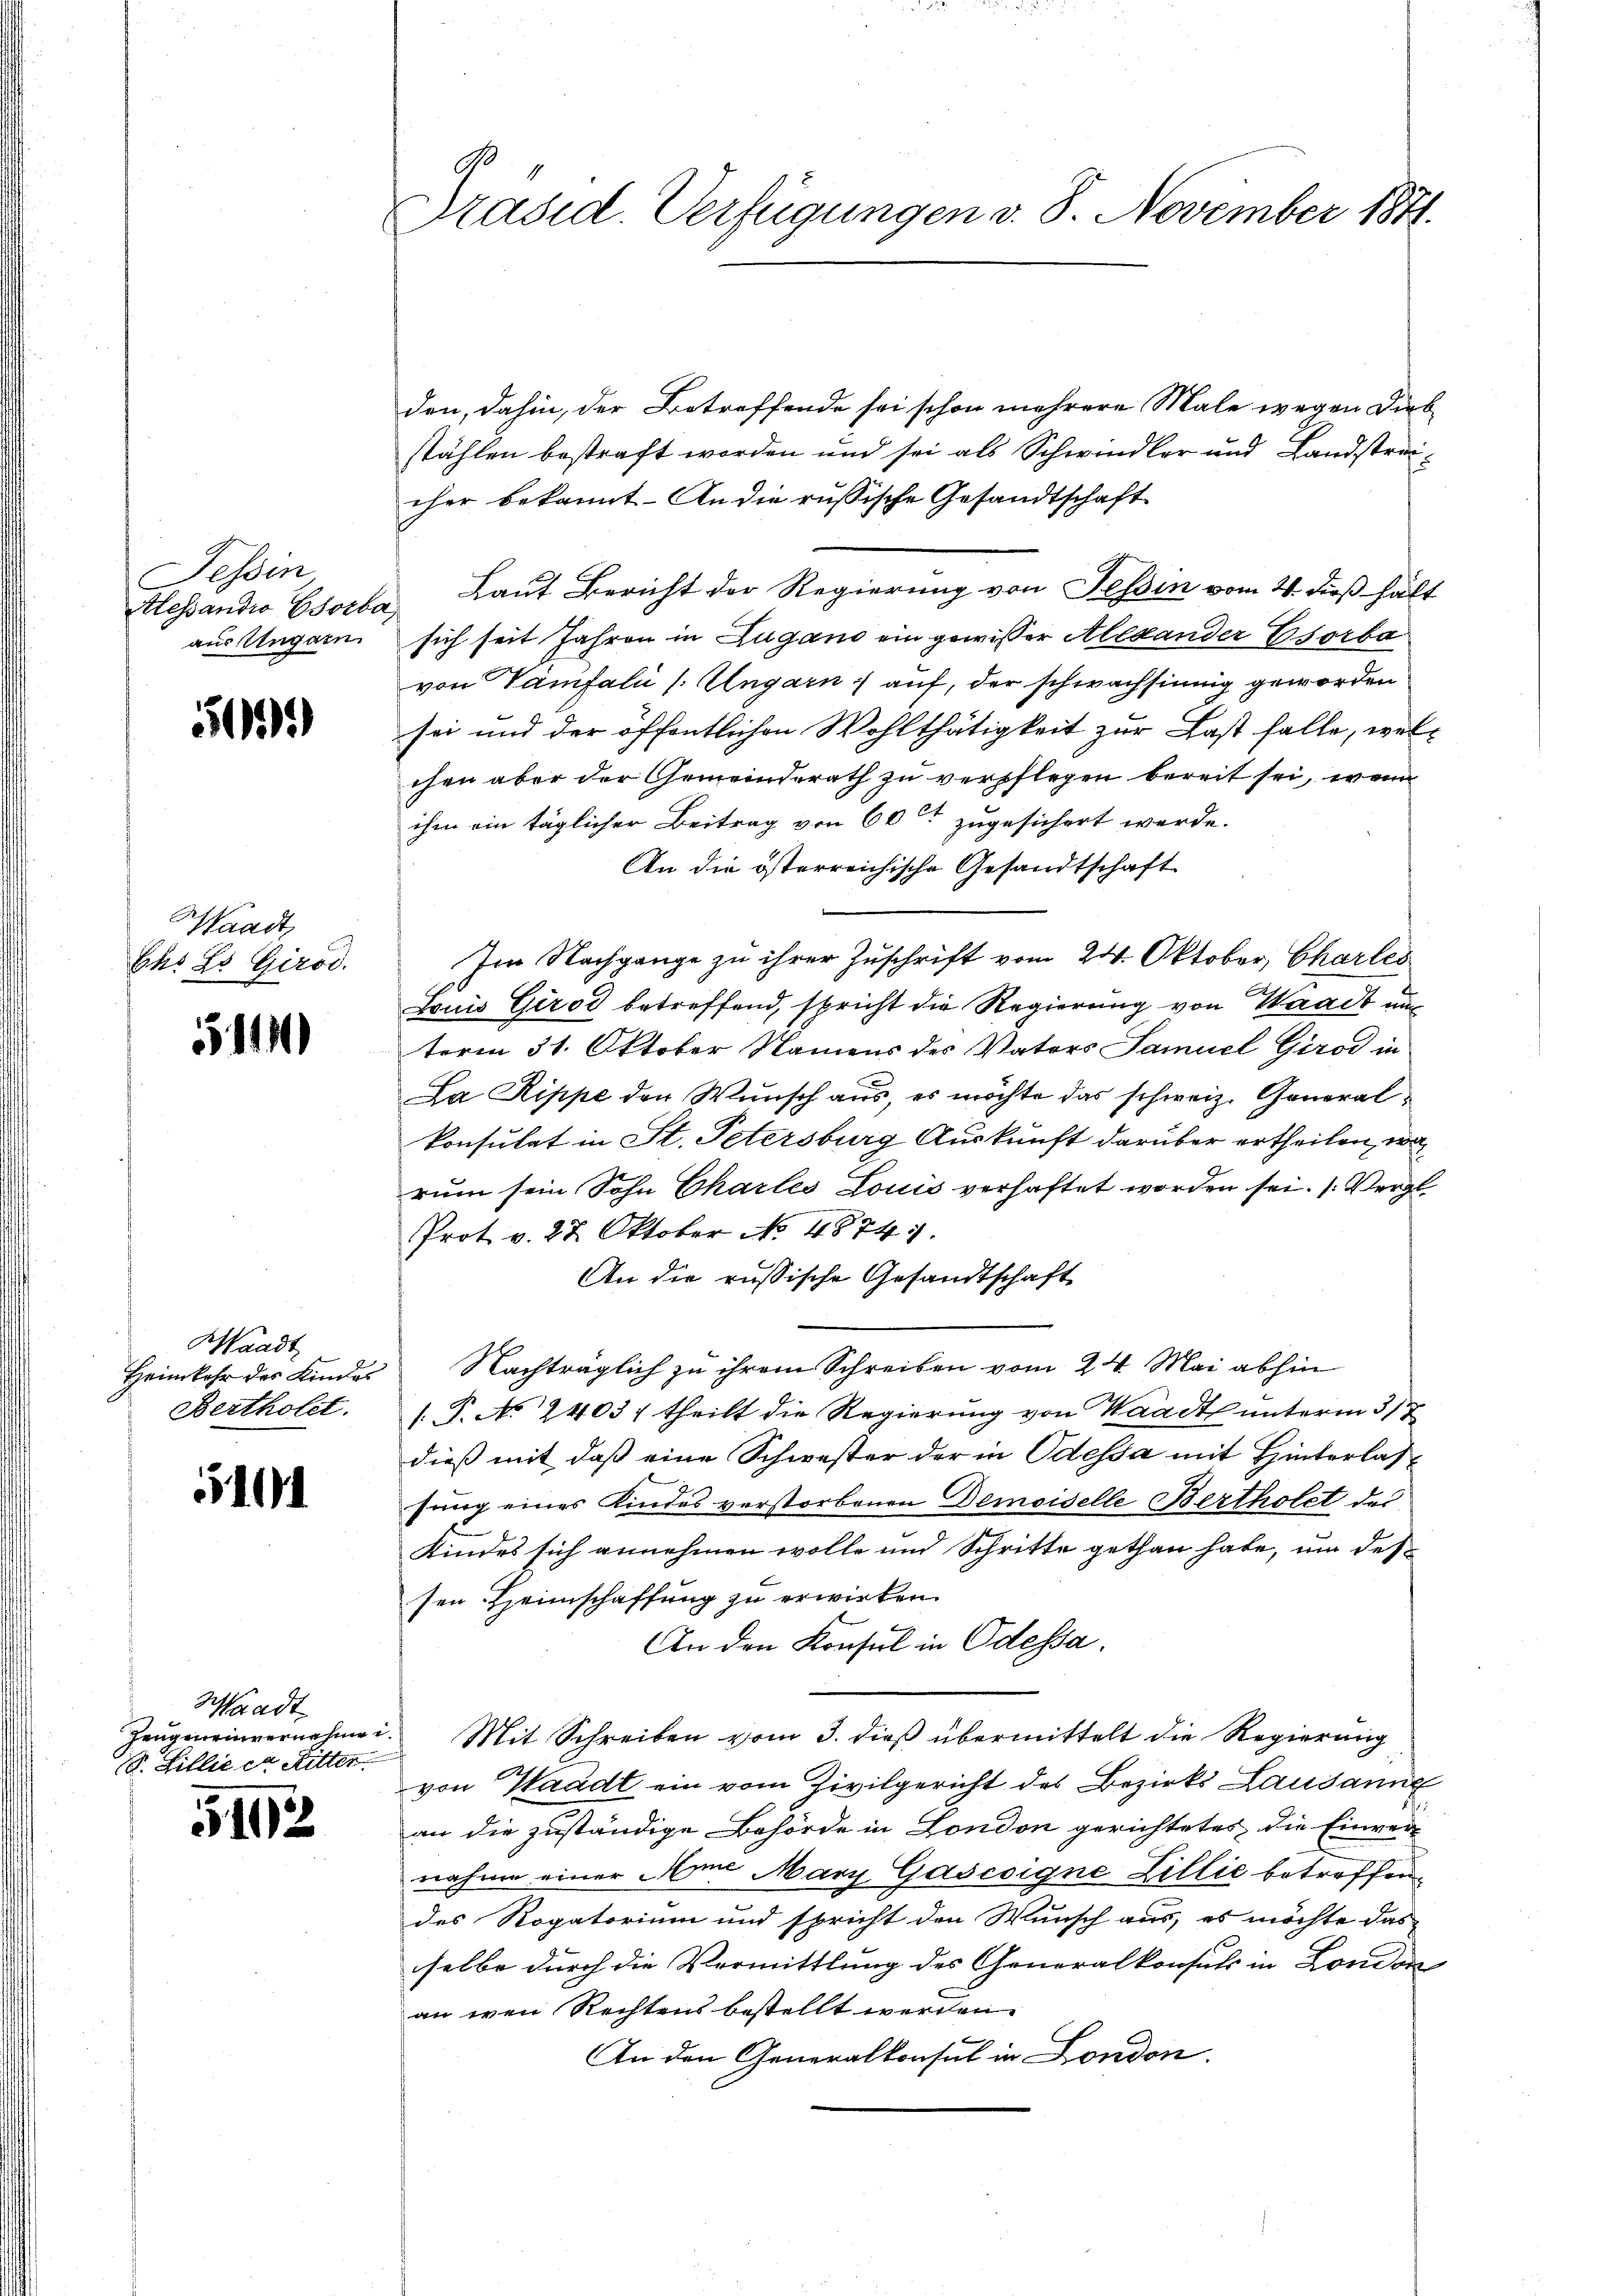
Tessin
Hessandio Esorba
aus Ungarn

500.

Waadt,
Ehs Ls Girod.

5140

Waadt
Heimkehr des Kindes
Bertholet.

5101

Waadt
S. Tillie er Ritter

1102

Präsid. Verfügungen v. 8. November 1871.

den, dahin, der Betreffende sei schon mehrere Male wegen Diebstählen bestraft worden und sei als Schwindler und Landstreicher bekannt. An die russische Gesandtschaft
Laut Bericht der Regierung von Tessin vom 24. dieß hält
sich seit Jahren in Zugano ein gewisser Alexander Esorba
von Vanfali /: Ungarn auf, der schwachsinnig geworden
sei und der öffentlichen Wohlthätigkeit zur Last falle, wel-
chen aber der Gemeinderath zu verpflegen bereit sei, wenn
ihm ein täglicher Beitrag von 60 zugesichert werde.
An die österreichische Gesandtschaft
Im Nachgange zu ihrer Zuschrift vom 24. Oktober, Charles
Louis Girod betreffend, spricht die Regierung von Waadt un
term 31. Oktober Namens des Vaters Samuel Girod in
La Rippe den Wunsch aus, es möchte das schweiz. Generalkonsulat in St. Petersburg Auskunft darüber ertheilen, wo
rum sein Sohn Charles Louis verhaftet worden sei. (Vergl
Prot. v. 27. Oktober No. 48741.
An die russische Gesandtschaft
Nachträglich zu ihrem Schreiben vom 24. Mai abhin
[: P. N. 2403/ theilt die Regierung von Waadt unterm 317
dieß mit daß eine Schwester der in Odessa mit Hinterlassung eines Kindes verstorbenen Demoiselle Bertholet des
Kindes sich annehmen wolle und Schritte gethan habe, um des-
sen Heimschaffung zu erwirken.
An den Konsul in Odessa.
Zeŭgen einvernehmen. Mit Schreiben vom 3. dieβ übermittelt die Regierŭng
von Waadt ein vom Zivilgericht des Bezirks Lausanne
an die zuständige Behörde in London gerichtetes die Einver
nahme einer Ann Marg Gascoigne Zillić betreffendes Rogatorium und spricht den Wunsch aus, es möchte das
selbe durch die Vermittlung des Generalkonsuls in London
an den Rechtens bestellt werden.
An den Generalkonsul in London.